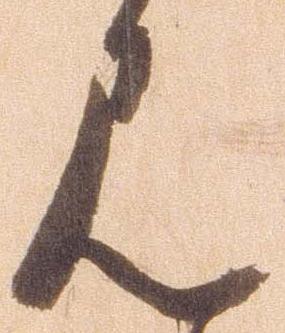
見